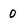
Character: 0